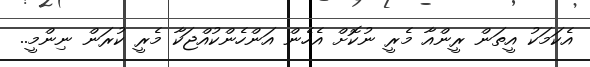
އެކަމަކު އީތަން ރީންއާ މެރީ ނުކޮށް އެހެން އަންހެންކުއްޖަކާ މެރީ ކުރަން ނިންމީ..